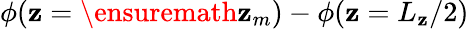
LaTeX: \phi(\mathbf{z}=\ensuremath{{\mathbf{z}_{m}}})-\phi(\mathbf{z}=L_{\mathbf{z}}/2)